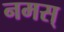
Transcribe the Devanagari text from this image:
नमस्‌